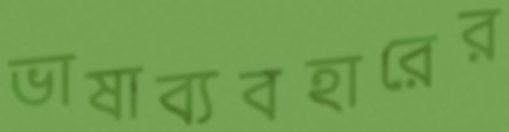
ভাষাব্যবহারের